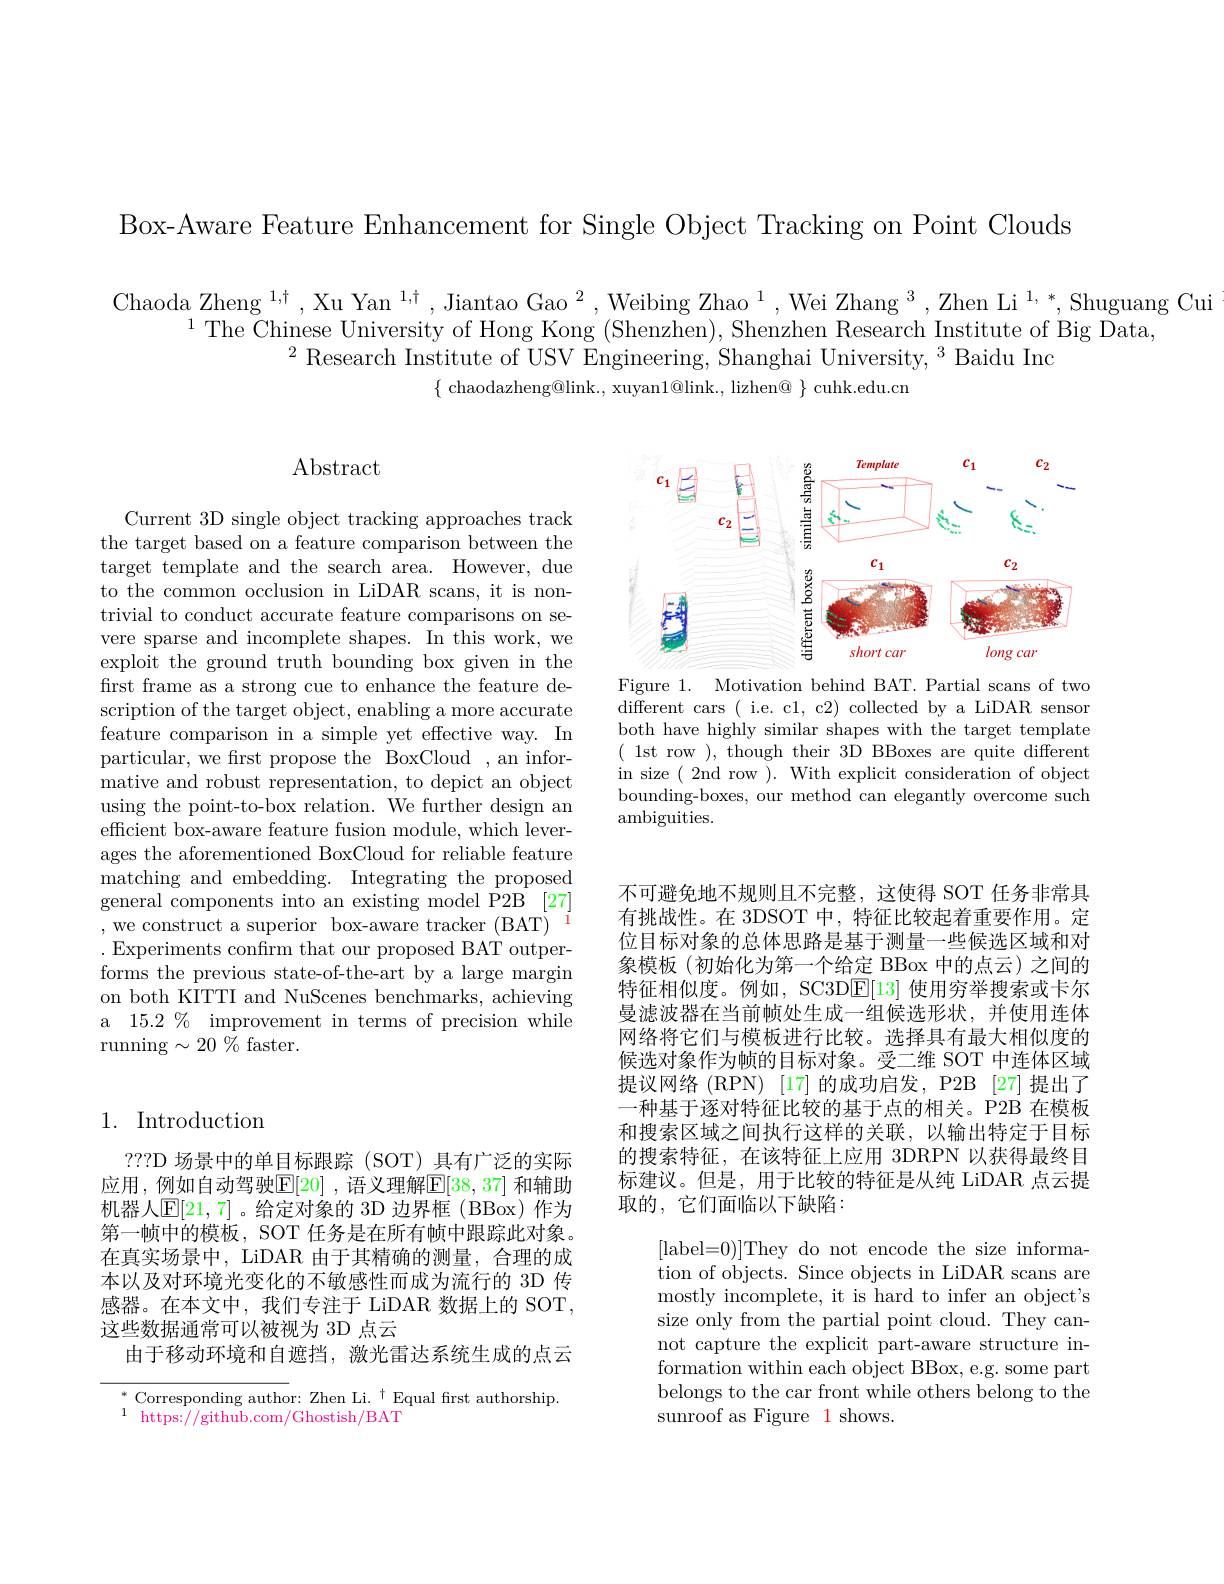
Box-Aware Feature Enhancement for Single Object Tracking on Point Clouds

Chaoda Zheng $^1,\dagger,\text{Xu Yan }^{1,\dagger},\text{Jiantao Gao}^{2},\text{Weibing Zhao}^{1},\text{Wei Zhang }^{3},\text{Zhen Li}^{1,*}$,Shuguang Cui
$^{1}$The Chinese University of Hong Kong (Shenzhen), Shenzhen Research Institute of Big Data,
$^{2}\text{ Research Institute of USV Engineering, Shanghai University, }^{3}$Baidu Inc
$\{$ chaodazheng@link., xuyan$1@$link., lizhen@ $\}$ cuhk.edu.cn

## Abstract

Current 3D single object tracking approaches track the target based on a feature comparison between the target template and the search area. However, due to the common occlusion in LiDAR scans, it is nontrivial to conduct accurate feature comparisons on severe sparse and incomplete shapes. In this work, we exploit the ground truth bounding box given in the first frame as a strong cue to enhance the feature description of the target object, enabling a more accurate feature comparison in a simple yet effective way. In particular, we frst propose the BoxCloud , an informative and robust representation, to depict an object using the point-to-box relation. We further design an efficient box-aware feature fusion module, which leverages the aforementioned BoxCloud for reliable feature matching and embedding. Integrating the proposed general components into an existing model P2B [27] , we construct a superior box-aware tracker (BAT)
.Experiments confirm that our proposed BAT outperforms the previous state-of-the-art by a large margin on both KITTI and NuScenes benchmarks, achieving a 15.2 % improvement in terms of precision while running$\sim20\%$faster.

<FigureHere>

Figure 1. Motivation behind BAT. Partial scans of two different cars ( i.e. cl, c2) collected by a LiDAR sensor both have highly similar shapes with the target template ( 1st row ), though their 3D BBoxes are quite different in size ( 2nd row ). With explicit consideration of object bounding-boxes, our method can elegantly overcome such ambiguities.

## 1. Introduction

???D 场景中的单目标跟踪(SOT)\_具有广泛的实际应用，例如自动驾驶$\mathbb{E}[20]$ ,语义理解$\mathbb{E}[38,37]$ 和辅助机器人$\mathbb{E}[21,7]$。给定对象的 3D 边界框(BBox)作为第一帧中的模板，SOT 任务是在所有帧中跟踪此对象。在真实场景中，LiDAR 由于其精确的测量，合理的成本以及对环境光变化的不敏感性而成为流行的 3D 传感器。在本文中，我们专注于 LiDAR 数据上的 SOT, 这些数据通常可以被视为 3D 点云
由于移动环境和自遮挡，激光雷达系统生成的点云

$^*$ Corresponding author: Zhen Li.$^\dagger$Equal first authorship.
$^{1}$ https://github.com/Ghostish/BAT

不可避免地不规则且不完整，这使得 SOT 任务非常具有挑战性。在 3DSOT 中，特征比较起着重要作用。定位目标对象的总体思路是基于测量一些候选区域和对象模板(初始化为第一个给定 BBox 中的点云)之间的特征相似度。例如，SC3DE[13]使用穷举搜索或卡尔曼滤波器在当前帧处生成一组候选形状，并使用连体网络将它们与模板进行比较。选择具有最大相似度的候选对象作为帧的目标对象。受二维 SOT 中连体区域提议网络 (RPN) [17]的成功启发，P2B [27]提出了一种基于逐对特征比较的基于点的相关。P2B 在模板和搜索区域之间执行这样的关联，以输出特定于目标的搜索特征，在该特征上应用 3DRPN 以获得最终目标建议。但是，用于比较的特征是从纯 LiDAR 点云提取的，它们面临以下缺陷：

[label=0)]They do not encode the size information of objects. Since objects in LiDAR scans are mostly incomplete, it is hard to infer an object's size only from the partial point cloud. They cannot capture the explicit part-aware structure information within each object BBox, e.g. some part belongs to the car front while others belong to the sunroof as Figure 1 shows.